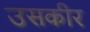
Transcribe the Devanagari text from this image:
उसकीर